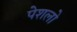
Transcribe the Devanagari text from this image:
पेशलो